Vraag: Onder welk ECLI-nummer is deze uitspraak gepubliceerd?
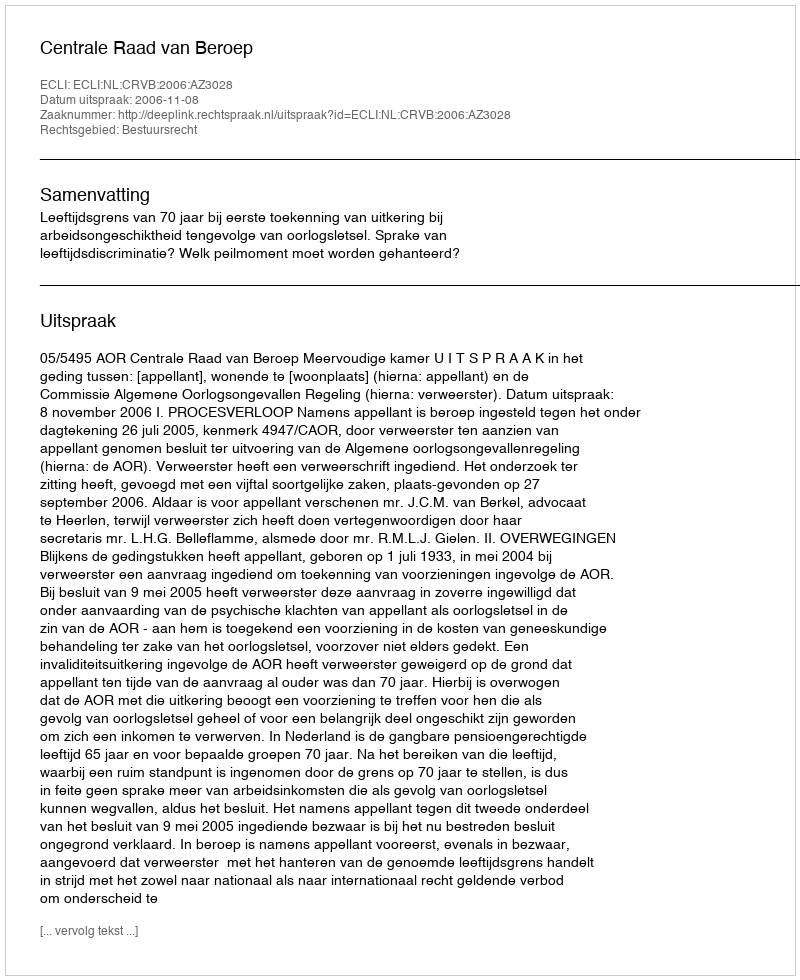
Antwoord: ECLI:NL:CRVB:2006:AZ3028